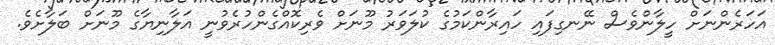
އަހަރެންނަށް ހީލާންވެސް ނޭނގިފައި ހައިރާންކަމުގެ ކުލަވަރު މޫނަށް ވެރިކޮއްގެންހުރެވުނީ އަލާނިޔާގެ މޫނަށް ބަލާށެވެ.